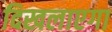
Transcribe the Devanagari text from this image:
दिखलाएगा